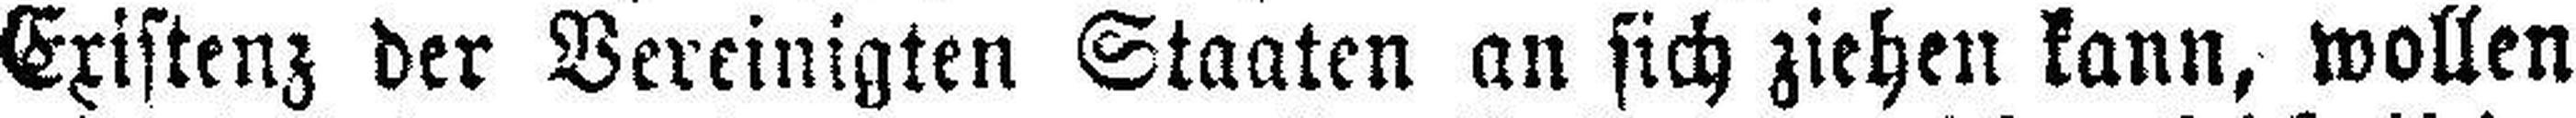
Existenz der Bereinigten Staaten an sich ziehen kann, wollen